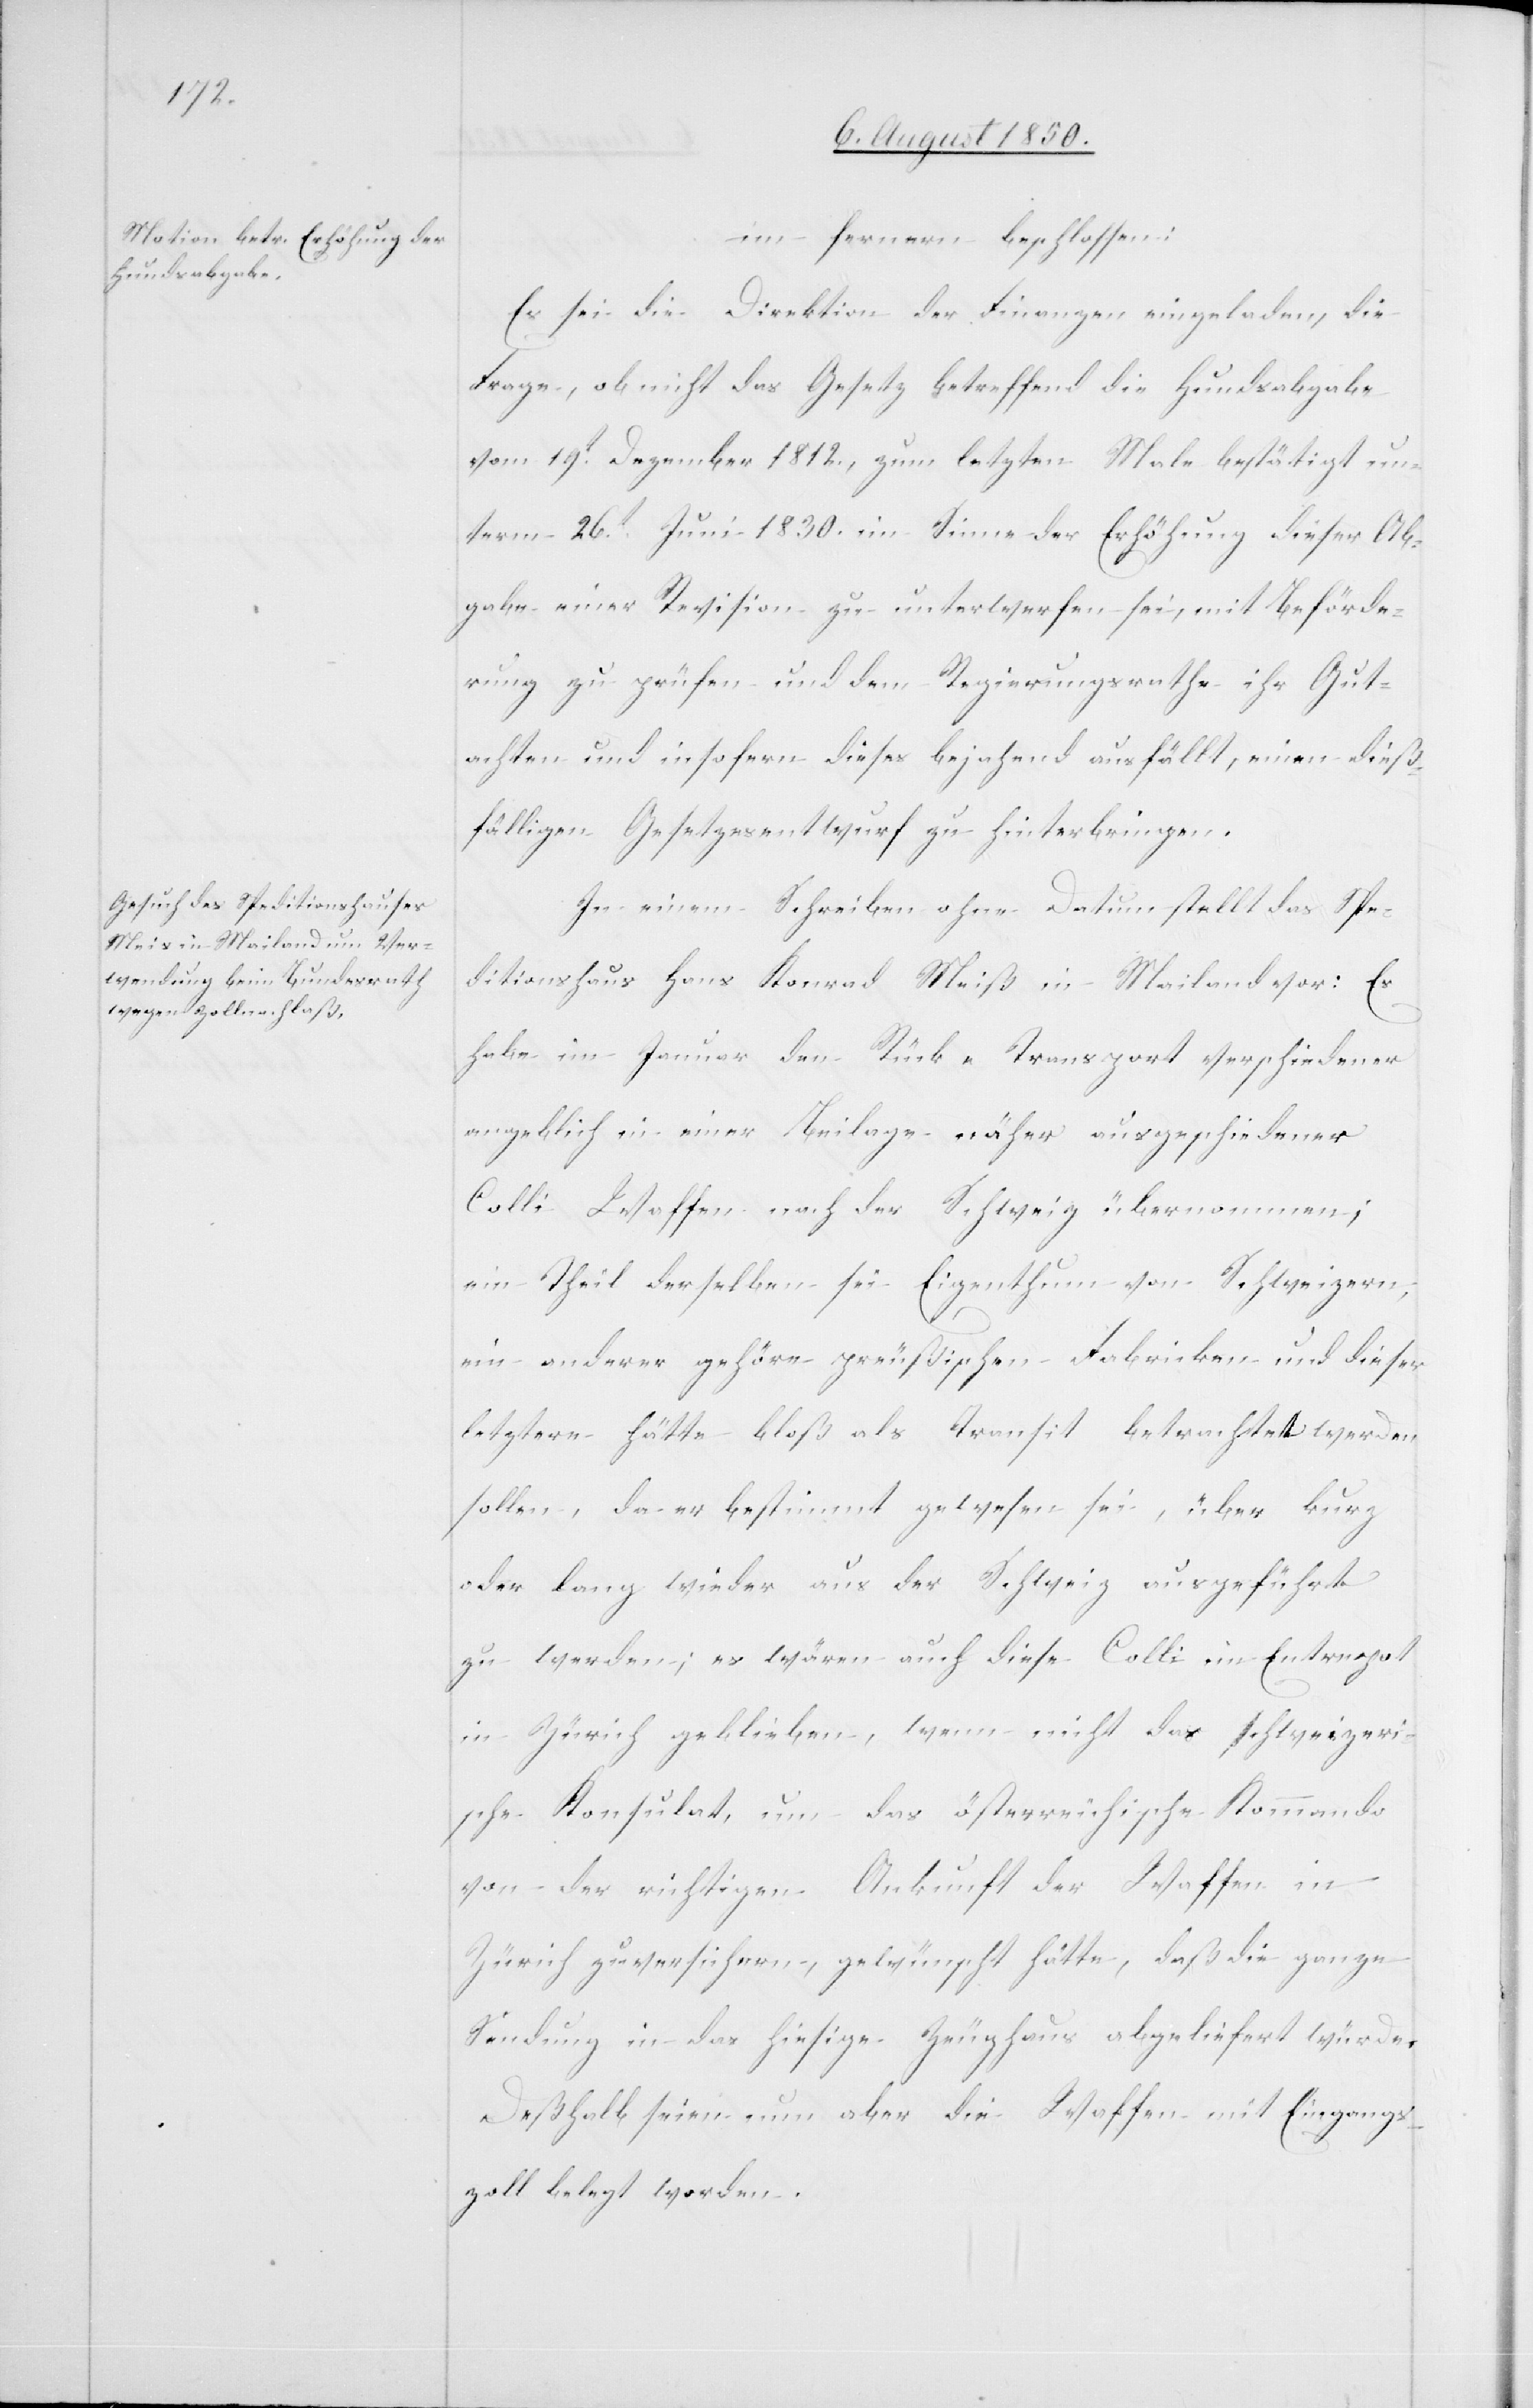
im fernern beschlossen:
Es sei die Direktion der Finanzen eingeladen, die
Frage, ob nicht das Gesetz betreffend die Hundsabgabe
vom 19t Dezember 1812., zum letzten Male bestätigt un¬
term 26t Juni 1830. im Sinne der Erhöhung dieser Ab¬
gabe einer Revision zu unterwerfen sei, mit Beförde¬
rung zu prüfen und dem Regierungsrathe ihr Gut¬
achten und insofern dieses bejahend ausfällt, einen dieß¬
fälligen Gesetzesentwurf zu hinterbringen.
In einem Schreiben ohne Datum stellt das Spe¬
ditionshaus Hans Konrad Meiß [sic!] in Mailand vor: Es
habe im Januar den Rück-Transport verschiedener
angeblich in einer Beilage näher ausgeschiedener
Colli Waffen nach der Schweiz übernommen;
ein Theil derselben sei Eigenthum von Schweizern,
ein anderer gehöre preußischen Fabricken und dieser
letztere hätte bloß als Transit betrachtet werden
sollen, da er bestimmt gewesen sei, über kurz
oder lang wieder aus der Schweiz ausgeführt
zu werden; es wären auch diese Colli im Entrepot
in Zürich geblieben, wenn nicht der schweizeri¬
sche Konsulat, um das österreichische Kommando
von der richtigen Ankunft der Waffen in
Zürich zu versichern, gewünscht hätte, daß die ganze
Sendung in das hiesige Zeughaus abgeliefert würde.
Deßhalb seien nun aber die Waffen mit Eingangs¬
zoll belegt worden.